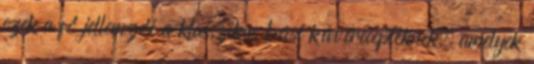
ezek a fő jellemzői a klasszikus bécsi kávérecepteknek, amelyek